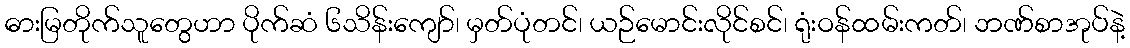
ဓားမြတိုက်သူတွေဟာ ပိုက်ဆံ ၆သိန်းကျော်၊ မှတ်ပုံတင်၊ ယဉ်မောင်းလိုင်စင်၊ ရုံးဝန်ထမ်းကတ်၊ ဘဏ်စာအုပ်နဲ့